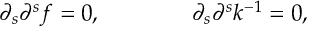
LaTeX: \partial _ { s } \partial ^ { s } f = 0 , \ \ \ \ \ \ \ \ \ \ \ \ \partial _ { s } \partial ^ { s } k ^ { - 1 } = 0 ,